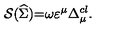
{ \cal S } ( \widehat { \Sigma } ) { \cal = } \omega \varepsilon ^ { \mu } \Delta _ { \mu } ^ { c l } .